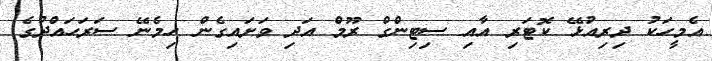
އެމީހަކު ދިރިއުޅޭ ކޮޓަރި އާއި ސިޓިންގް ރޫމް އަދި ވަށައިގެން ހިމެނޭ ސަރަހައްދުގެ